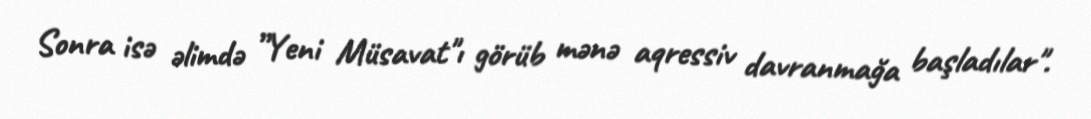
Sonra isə əlimdə ”Yeni Müsavat"ı görüb mənə aqressiv davranmağa başladılar".